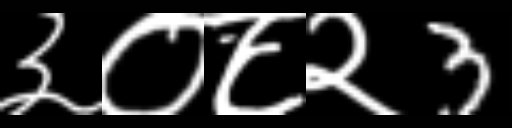
Text: ३०८२3